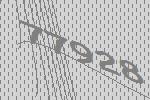
77928